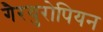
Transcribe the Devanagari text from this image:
गैरयुरोपियन